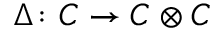
\Delta \colon C \to C \otimes C